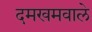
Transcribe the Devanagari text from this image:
दमखमवाले